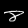
Label: 8